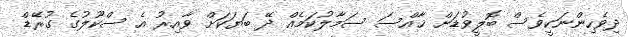
ދިވެހިންނަކީވެސް ބޮލީވުޑަށް ޚާއްސަ ސަމާލުކަމެއް ދޭ ބަޔަކަށް ވާއިރު އެ ސްކޫލުގެ ގުރޭޑް